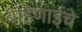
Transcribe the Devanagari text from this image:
बहिणाईंचे